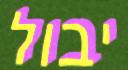
יבול